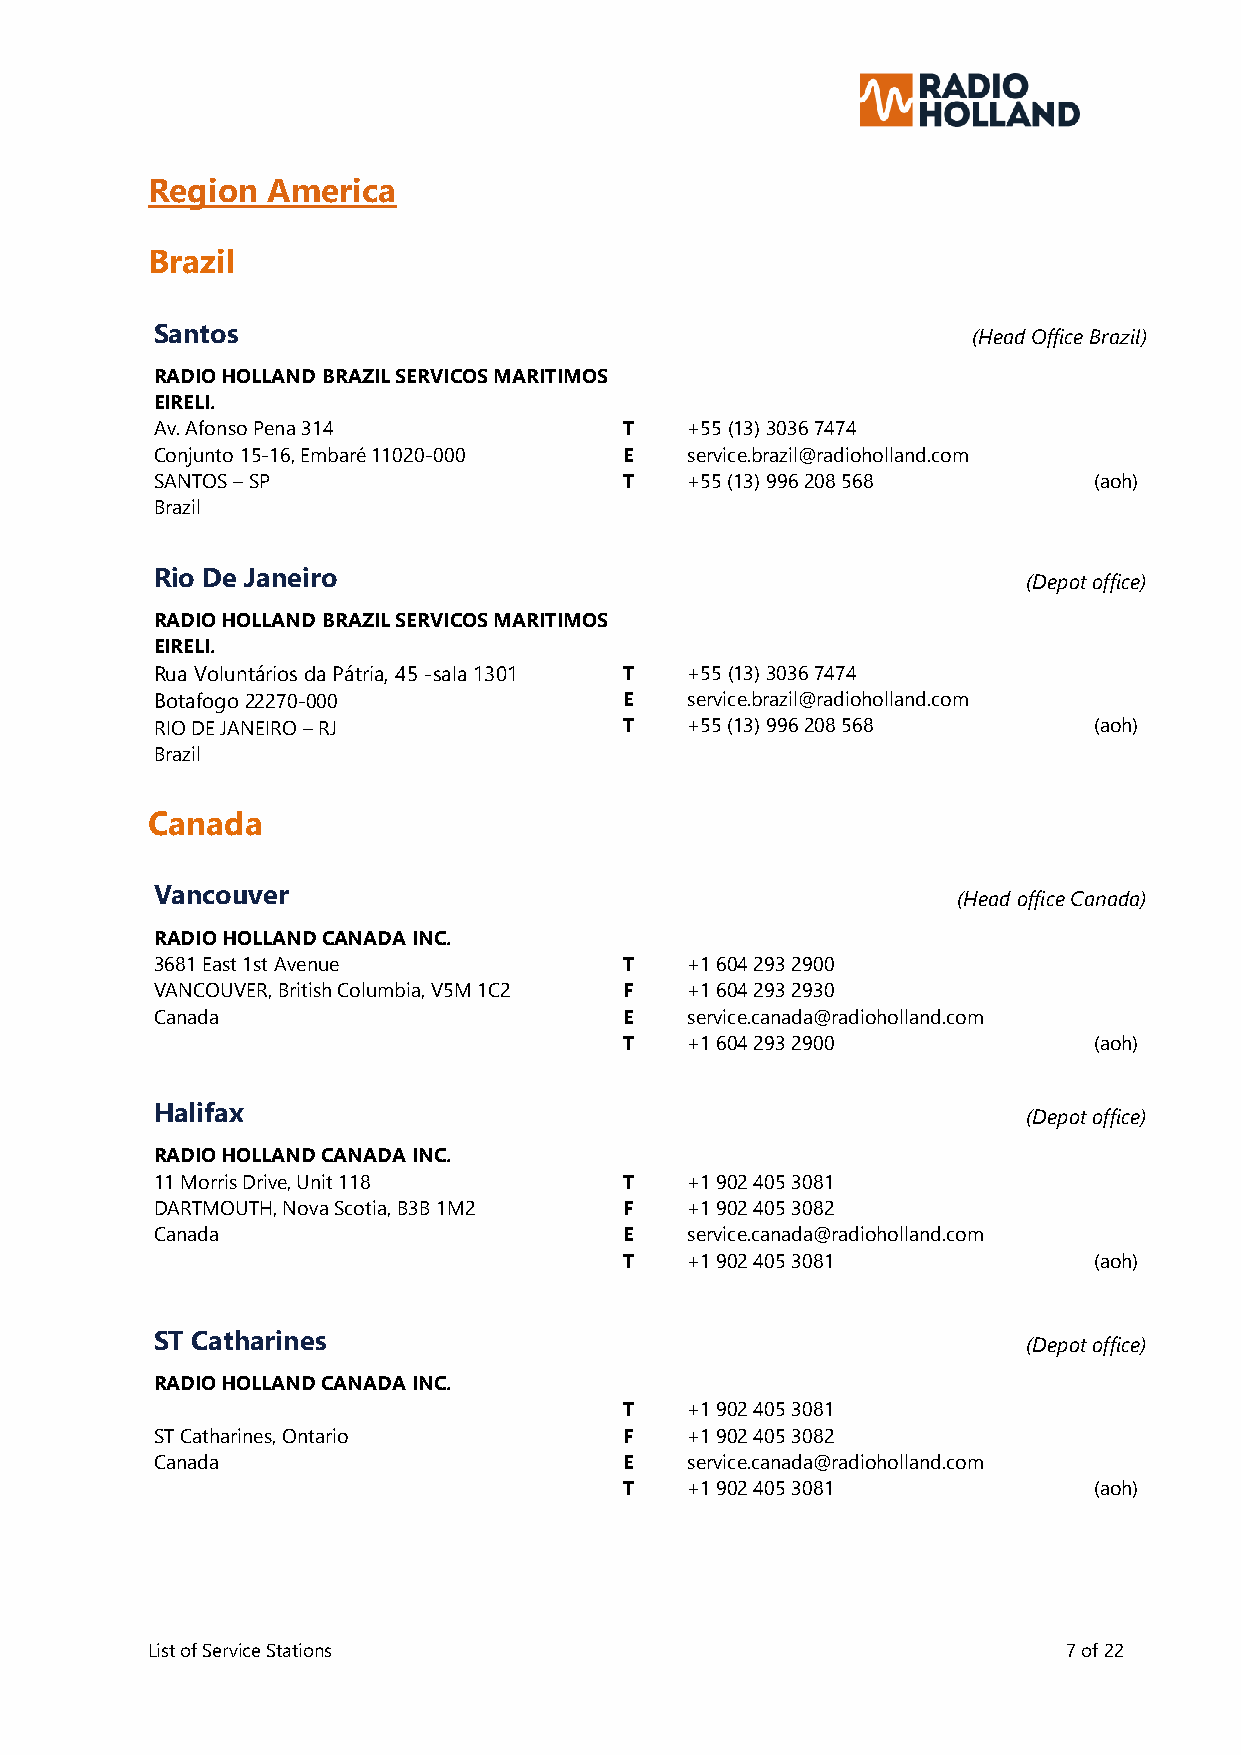
Region  America
 Brazil
 Santos
 (Head Office Brazil)
 RADIO HOLLAND BRAZIL SERVICOS MARITIMOS
 EIRELI.
 Av. Afonso Pena 314            T   +55 (13) 3036 7474
 Conjunto 15-16, Embaré 11020-000 E service.brazil@radioholland.com
 SANTOS – SP                    T   +55 (13) 996 208 568       (aoh)
 Brazil
 Rio De Janeiro
 (Depot office)
 RADIO HOLLAND BRAZIL SERVICOS MARITIMOS
 EIRELI.
 Rua Voluntários da Pátria, 45 -sala 1301 T +55 (13) 3036 7474
 Botafogo 22270-000             E   service.brazil@radioholland.com
 RIO DE JANEIRO – RJ            T   +55 (13) 996 208 568       (aoh)
 Brazil
 Canada
 Vancouver
 (Head office Canada)
 RADIO HOLLAND CANADA INC.
 3681 East 1st Avenue           T   +1 604 293 2900
 VANCOUVER, British Columbia, V5M 1C2 F +1 604 293 2930
 Canada                         E   service.canada@radioholland.com
 T   +1 604 293 2900            (aoh)
 Halifax
 (Depot office)
 RADIO HOLLAND CANADA INC.
 11 Morris Drive, Unit 118      T   +1 902 405 3081
 DARTMOUTH, Nova Scotia, B3B 1M2 F  +1 902 405 3082
 Canada                         E   service.canada@radioholland.com
 T   +1 902 405 3081            (aoh)
 ST Catharines
 (Depot office)
 RADIO HOLLAND CANADA INC.
 T   +1 902 405 3081
 ST Catharines, Ontario         F   +1 902 405 3082
 Canada                         E   service.canada@radioholland.com
 T   +1 902 405 3081            (aoh)
 List of Service Stations                                     7 of 22